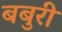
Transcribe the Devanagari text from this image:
बबुरी